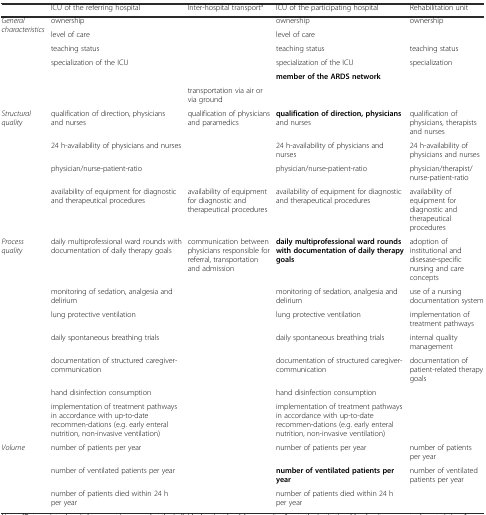
<table><thead><tr><td></td><td><b>ICU of the referring hospital</b></td><td><b>Inter-hospital transport<sup>a</sup></b></td><td><b>ICU of the participating hospital</b></td><td><b>Rehabilitation unit</b></td></tr></thead><tbody><tr><td rowspan="6"><i>General characteristics</i></td><td>ownership</td><td></td><td>ownership</td><td>ownership</td></tr><tr><td>level of care</td><td></td><td>level of care</td><td></td></tr><tr><td>teaching status</td><td></td><td>teaching status</td><td>teaching status</td></tr><tr><td>specialization of the ICU</td><td></td><td>specialization of the ICU</td><td>specialization</td></tr><tr><td></td><td></td><td><b>member of the ARDS network</b></td><td></td></tr><tr><td></td><td>transportation via air or via ground</td><td></td><td></td></tr><tr><td><i>Structural quality</i></td><td>qualification of direction, physicians and nurses</td><td>qualification of physicians and paramedics</td><td><b>qualification of direction, physicians</b> and nurses</td><td>qualification of physicians, therapists and nurses</td></tr><tr><td></td><td>24 h-availability of physicians and nurses</td><td></td><td>24 h-availability of physicians and nurses</td><td>24 h-availability of physicians and nurses</td></tr><tr><td></td><td>physician/nurse-patient-ratio</td><td></td><td>physician/nurse-patient-ratio</td><td>physician/therapist/nurse-patient-ratio</td></tr><tr><td></td><td>availability of equipment for diagnostic and therapeutical procedures</td><td>availability of equipment for diagnostic and therapeutical procedures</td><td>availability of equipment for diagnostic and therapeutical procedures</td><td>availability of equipment for diagnostic and therapeutical procedures</td></tr><tr><td><i>Process quality</i></td><td>daily multiprofessional ward rounds with documentation of daily therapy goals</td><td>communication between physicians responsible for referral, transportation and admission</td><td><b>daily multiprofessional ward rounds with documentation of daily therapy goals</b></td><td>adoption of institutional and disesase-specific nursing and care concepts</td></tr><tr><td></td><td>monitoring of sedation, analgesia and delirium</td><td></td><td>monitoring of sedation, analgesia and delirium</td><td>use of a nursing documentation system</td></tr><tr><td></td><td>lung protective ventilation</td><td></td><td>lung protective ventilation</td><td>implementation of treatment pathways</td></tr><tr><td></td><td>daily spontaneous breathing trials</td><td></td><td>daily spontaneous breathing trials</td><td>internal quality management</td></tr><tr><td></td><td>documentation of structured caregiver-communication</td><td></td><td>documentation of structured caregiver-communication</td><td>documentation of patient-related therapy goals</td></tr><tr><td></td><td>hand disinfection consumption</td><td></td><td>hand disinfection consumption</td><td></td></tr><tr><td></td><td>implementation of treatment pathways in accordance with up-to-date recommen-dations (e.g. early enteral nutrition, non-invasive ventilation)</td><td></td><td>implementation of treatment pathways in accordance with up-to-date recommen-dations (e.g. early enteral nutrition, non-invasive ventilation)</td><td></td></tr><tr><td><i>Volume</i></td><td>number of patients per year</td><td></td><td>number of patients per year</td><td>number of patients per year</td></tr><tr><td></td><td>number of ventilated patients per year</td><td></td><td><b>number of ventilated patients per year</b></td><td>number of ventilated patients per year</td></tr><tr><td></td><td>number of patients died within 24 h per year</td><td></td><td>number of patients died within 24 h per year</td><td></td></tr></tbody></table>